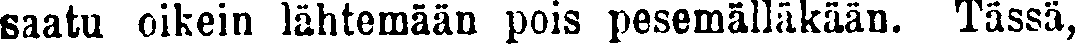
saatu oikein lähtemään pois pesemälläkään. Tässä,